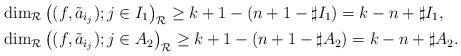
LaTeX: \begin{align*}&\dim_{\mathcal R}\left ((f,\tilde a_{i_j}); j\in I_1\right )_{\mathcal R}\ge k+1-(n+1-\sharp I_1)=k-n+\sharp I_1,\\ & \dim_{\mathcal R}\left ((f,\tilde a_{i_j}); j\in A_2\right )_{\mathcal R}\ge k+1-(n+1-\sharp A_2)=k-n+\sharp A_2.\end{align*}